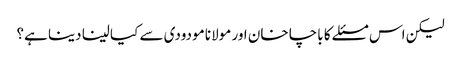
لیکن اس مسئلے کا باچا خان اور مولانا مودودی سے کیا لینا دینا ہے؟